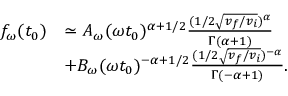
\begin{array} { r l } { f _ { \omega } ( t _ { 0 } ) } & { \simeq A _ { \omega } ( \omega t _ { 0 } ) ^ { \alpha + 1 / 2 } \frac { ( 1 / 2 \sqrt { v _ { f } / v _ { i } } ) ^ { \alpha } } { \Gamma ( \alpha + 1 ) } } \\ & { + B _ { \omega } ( \omega t _ { 0 } ) ^ { - \alpha + 1 / 2 } \frac { ( 1 / 2 \sqrt { v _ { f } / v _ { i } } ) ^ { - \alpha } } { \Gamma ( - \alpha + 1 ) } . } \end{array}